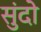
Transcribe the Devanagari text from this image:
सुंदो